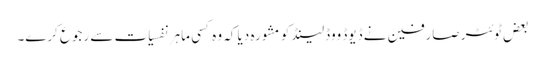
بعض ٹوئٹر صارفین نے ڈیوڈ ووڈلینڈ کو مشورہ دیا کہ وہ کسی ماہرِ نفسیات سے رجوع کرے۔